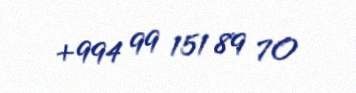
+994 99 151 89 70